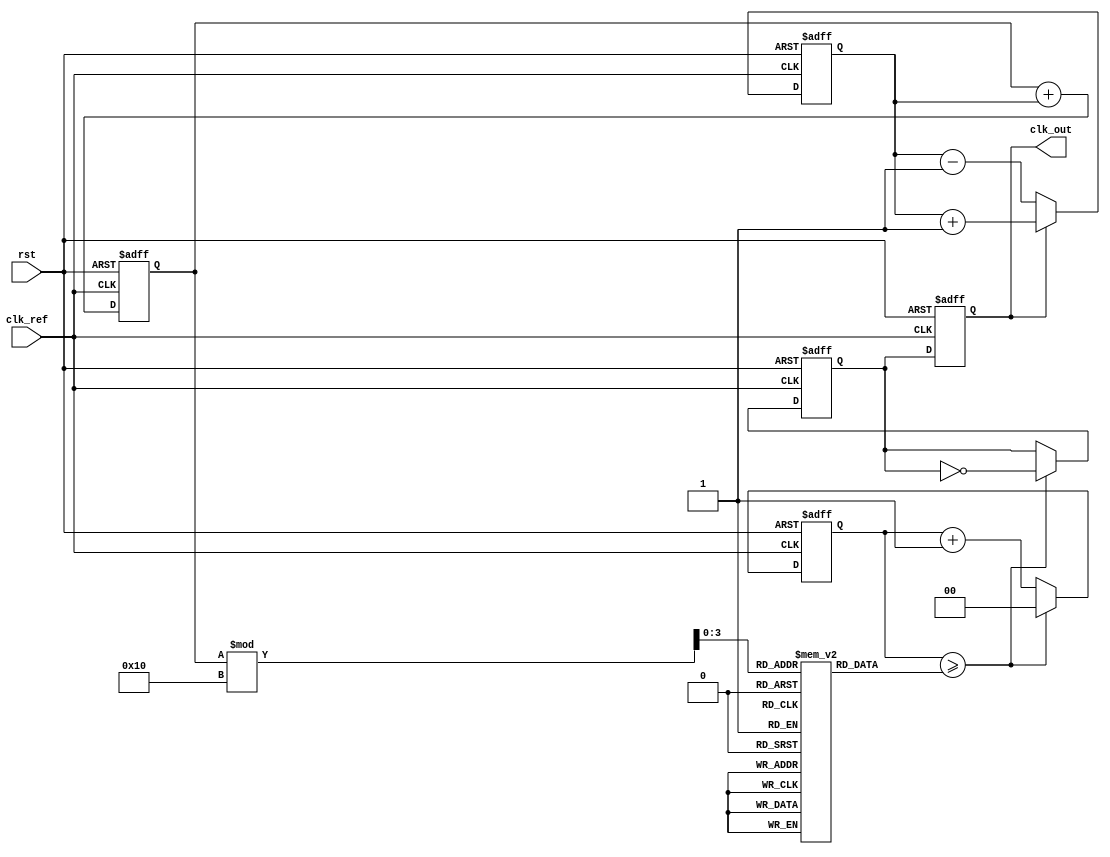
module adpll (
    input wire clk_ref,            // Reference clock
    input wire rst,                // Reset signal
    output reg clk_out             // Output clock
);

// Parameters
parameter N = 4;                  // DCO output frequency multiplier
parameter LOOP_FILTER_BITS = 8;  // Resolution of loop filter

// Internal signals
reg [LOOP_FILTER_BITS-1:0] error_signal; // Error signal from PD
reg [LOOP_FILTER_BITS-1:0] control_signal; // Control signal for DCO
reg [$clog2(N)-1:0] dco_count;   // Counter for DCO frequency
reg clk_dco;                      // DCO output clock
reg [N-1:0] memory_block [0:15]; // Frequency values/phase increments

// Initialize the memory block with frequency values
initial begin
    memory_block[0] = 8;  // Example frequency values
    memory_block[1] = 10;
    memory_block[2] = 12;
    memory_block[3] = 14;
    memory_block[4] = 16;
    memory_block[5] = 18;
    memory_block[6] = 20;
    memory_block[7] = 22;
    memory_block[8] = 24;
    memory_block[9] = 26;
    memory_block[10] = 28;
    memory_block[11] = 30;
    memory_block[12] = 32;
    memory_block[13] = 34;
    memory_block[14] = 36;
    memory_block[15] = 38;
end

// Phase Detector (PD)
always @(posedge clk_ref or posedge rst) begin
    if (rst) begin
        error_signal <= 0;
    end else begin
        // Example: simple phase detector that compares edges
        if (clk_out) begin
            error_signal <= error_signal + 1; // Output clock is leading
        end else begin
            error_signal <= error_signal - 1; // Output clock is lagging
        end
    end
end

// Loop Filter (LF)
always @(posedge clk_ref or posedge rst) begin
    if (rst) begin
        control_signal <= 0;
    end else begin
        control_signal <= control_signal + error_signal; // Simple accumulator for LF
    end
end

// Digital Controlled Oscillator (DCO)
always @(posedge clk_ref or posedge rst) begin
    if (rst) begin
        dco_count <= 0;
        clk_dco <= 1'b0;
    end else begin
        if (dco_count >= (memory_block[control_signal % 16])) begin
            clk_dco <= ~clk_dco;          // Toggle DCO output
            dco_count <= 0;               // Reset counter
        end else begin
            dco_count <= dco_count + 1;   // Increment DCO counter
        end
    end
end

// Output clock buffer
always @(posedge clk_ref or posedge rst) begin
    if (rst) begin
        clk_out <= 1'b0;
    end else begin
        clk_out <= clk_dco; // Buffer the DCO output as the final output clock
    end
end

endmodule